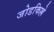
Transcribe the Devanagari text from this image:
जोडकिल्ले